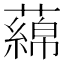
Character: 𬞻